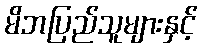
မိဘပြည်သူများနှင့်